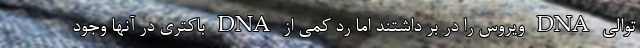
توالی DNA ویروس را در بر داشتند اما رد کمی از DNA باکتری در آنها وجود